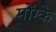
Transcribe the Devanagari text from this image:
मोंग्के